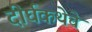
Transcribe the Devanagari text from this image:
दीर्घकथेचे